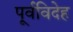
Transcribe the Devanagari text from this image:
पूर्वविदेह